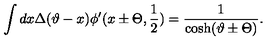
\displaystyle \int d x \Delta ( \vartheta - x ) \phi ^ { \prime } ( x \pm \Theta , \displaystyle \frac { 1 } { 2 } ) = \displaystyle \frac { 1 } { \cosh ( \vartheta \pm \Theta ) } .